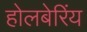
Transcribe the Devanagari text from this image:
होलबेरिंय